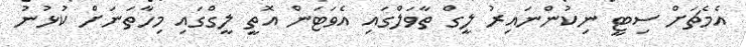
އެމެޗަށް ސިޓީ ނިކުންނައިރު ލީގް ތާވަލްގައި އެވަޓަން އޮތީ ލީގްގައި މިހާތަނަށް ކުޅުނު